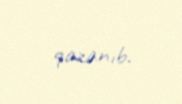
qazanıb.